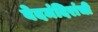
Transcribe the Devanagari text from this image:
वेदमंदिरांची